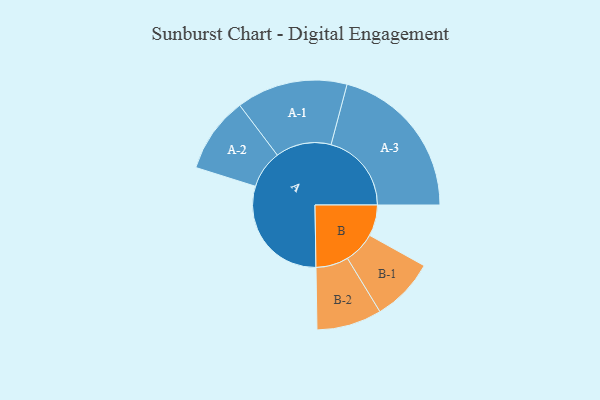
{"axis": {"x": "Segment", "y": "Value"}, "legend": ["", "A", "B"], "data": [{"x": "A", "y": 388, "type": ""}, {"x": "B", "y": 104, "type": ""}, {"x": "A-1", "y": 186, "type": "A"}, {"x": "A-2", "y": 127, "type": "A"}, {"x": "A-3", "y": 269, "type": "A"}, {"x": "B-1", "y": 106, "type": "B"}, {"x": "B-2", "y": 109, "type": "B"}]}